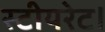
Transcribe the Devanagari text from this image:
स्टीयरेट।